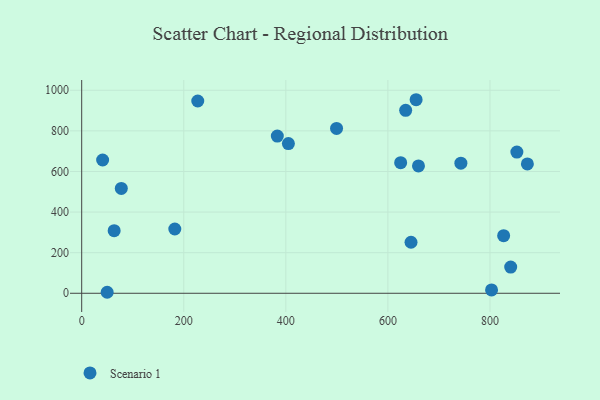
{"axis": {"x": "Study Hours", "y": "Profit"}, "legend": ["Scenario 1"], "data": [{"x": "227.4", "y": 947.2, "type": "Scenario 1"}, {"x": "826.8", "y": 283.6, "type": "Scenario 1"}, {"x": "743.0", "y": 640.8, "type": "Scenario 1"}, {"x": "405.0", "y": 737.5, "type": "Scenario 1"}, {"x": "655.3", "y": 953.4, "type": "Scenario 1"}, {"x": "63.6", "y": 308.4, "type": "Scenario 1"}, {"x": "625.0", "y": 643.4, "type": "Scenario 1"}, {"x": "634.8", "y": 901.2, "type": "Scenario 1"}, {"x": "499.4", "y": 812.1, "type": "Scenario 1"}, {"x": "803.1", "y": 16.6, "type": "Scenario 1"}, {"x": "852.7", "y": 695.7, "type": "Scenario 1"}, {"x": "77.6", "y": 516.7, "type": "Scenario 1"}, {"x": "659.9", "y": 627.3, "type": "Scenario 1"}, {"x": "182.4", "y": 316.5, "type": "Scenario 1"}, {"x": "645.3", "y": 251.4, "type": "Scenario 1"}, {"x": "41.0", "y": 656.6, "type": "Scenario 1"}, {"x": "840.6", "y": 128.8, "type": "Scenario 1"}, {"x": "873.3", "y": 637.0, "type": "Scenario 1"}, {"x": "383.3", "y": 774.5, "type": "Scenario 1"}, {"x": "49.9", "y": 4.9, "type": "Scenario 1"}]}